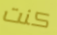
كنت